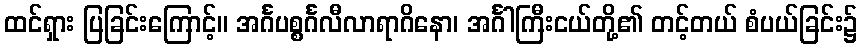
ထင်ရှား ပြခြင်းကြောင့်။ အင်္ဂပစ္စင်္ဂလီလာရာဂိနော၊ အင်္ဂါကြီးငယ်တို့၏ တင့်တယ် စံပယ်ခြင်း၌